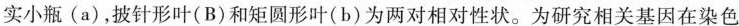
实小瓶(a)，披针形叶(B)和矩圆形叶(b)为两对相对性状。为研究相关基因在染色